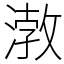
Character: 㴾